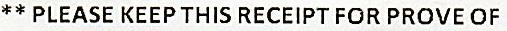
** PLEASE KEEP THIS RECEIPT FOR PROVE OF